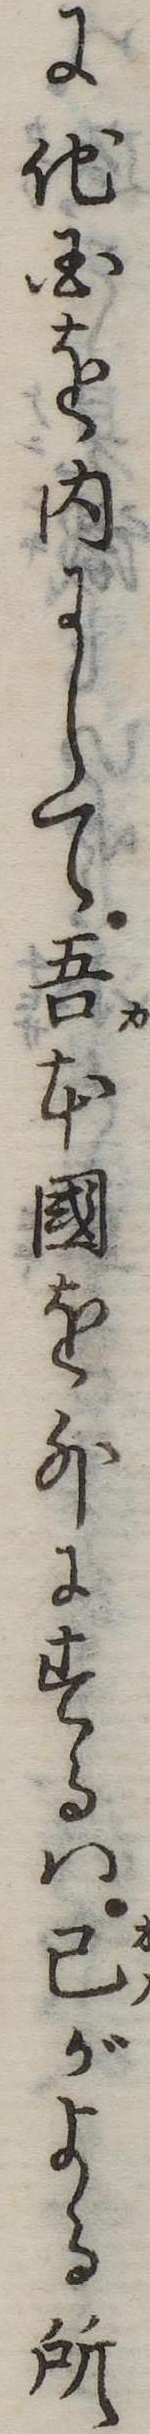
に他国を内にして吾本国を外にするは己がよる所